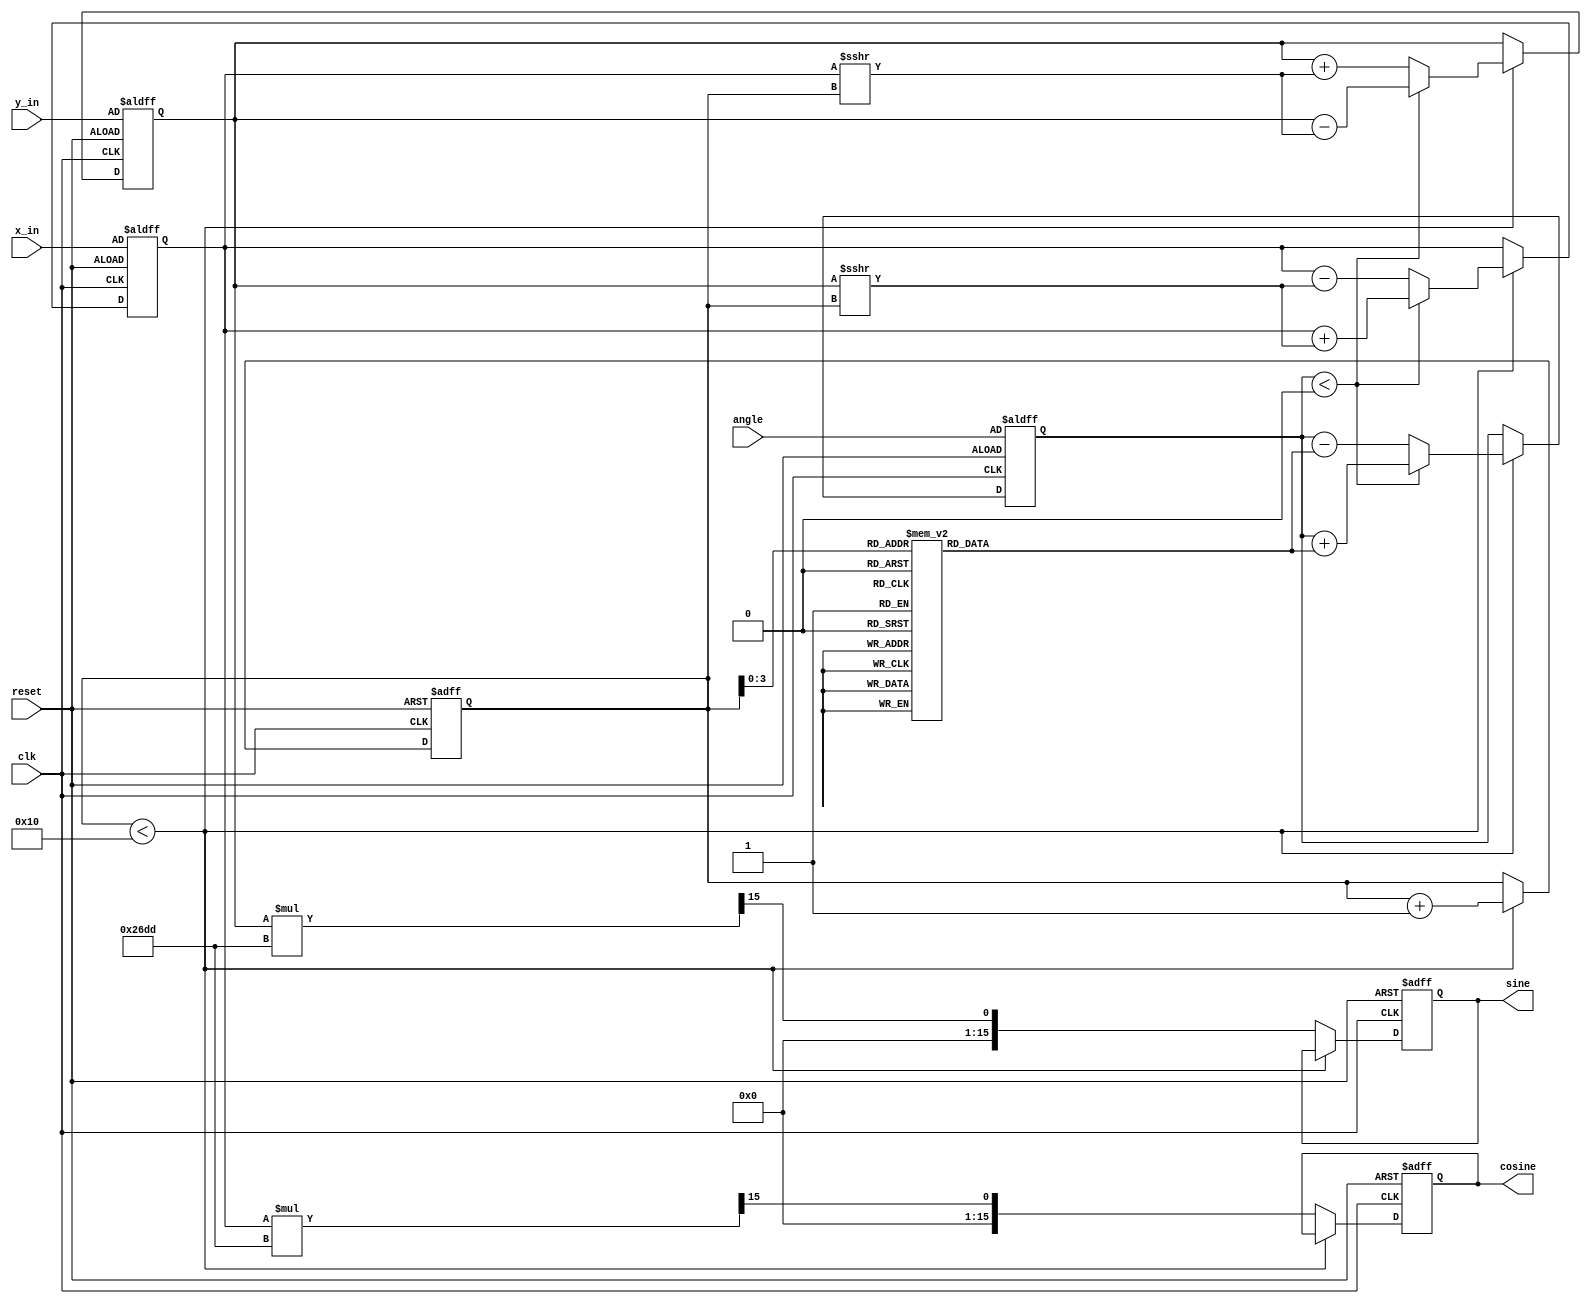
module cordic_rotational #(
    parameter WIDTH = 16,            // Width of fixed-point representation
    parameter ITERATIONS = 16        // Number of iterations for precision
)(
    input wire clk,                  // Clock signal
    input wire reset,                // Asynchronous reset
    input wire [WIDTH-1:0] angle,    // Angle input (fixed-point)
    input wire [WIDTH-1:0] x_in,      // X coordinate input
    input wire [WIDTH-1:0] y_in,      // Y coordinate input
    output reg [WIDTH-1:0] cosine,    // Cosine output
    output reg [WIDTH-1:0] sine       // Sine output
);

    // CORDIC gain constant (fixed-point)
    localparam GAIN = 16'h26DD; // Approximation of 0.6072529350088812561694 in fixed-point

    // Lookup table for arctangent values (fixed-point)
    reg [WIDTH-1:0] atan_table [0:ITERATIONS-1];
    initial begin
        // Precomputed arctangent values for each iteration
        atan_table[0] = 16'h2000; // atan(2^0)
        atan_table[1] = 16'h1666; // atan(2^-1)
        atan_table[2] = 16'h0D89; // atan(2^-2)
        atan_table[3] = 16'h0A3D; // atan(2^-3)
        atan_table[4] = 16'h0523; // atan(2^-4)
        atan_table[5] = 16'h028F; // atan(2^-5)
        atan_table[6] = 16'h0145; // atan(2^-6)
        atan_table[7] = 16'h00A2; // atan(2^-7)
        atan_table[8] = 16'h0051; // atan(2^-8)
        atan_table[9] = 16'h0028; // atan(2^-9)
        atan_table[10] = 16'h0014; // atan(2^-10)
        atan_table[11] = 16'h000A; // atan(2^-11)
        atan_table[12] = 16'h0005; // atan(2^-12)
        atan_table[13] = 16'h0002; // atan(2^-13)
        atan_table[14] = 16'h0001; // atan(2^-14)
        atan_table[15] = 16'h0000; // atan(2^-15)
    end

    // Internal registers
    reg [WIDTH-1:0] x, y, z;
    reg [4:0] iteration; // Iteration counter

    // CORDIC iteration process
    always @(posedge clk or posedge reset) begin
        if (reset) begin
            x <= x_in;
            y <= y_in;
            z <= angle;
            iteration <= 0;
            cosine <= 0;
            sine <= 0;
        end else if (iteration < ITERATIONS) begin
            // Determine direction of rotation
            if (z < 0) begin
                x <= x + (y >>> iteration);
                y <= y - (x >>> iteration);
                z <= z + atan_table[iteration];
            end else begin
                x <= x - (y >>> iteration);
                y <= y + (x >>> iteration);
                z <= z - atan_table[iteration];
            end
            iteration <= iteration + 1;
        end else begin
            // Final output after iterations
            cosine <= (x * GAIN) >>> 15; // Scale the output
            sine <= (y * GAIN) >>> 15;    // Scale the output
        end
    end

endmodule